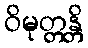
ဝိမုတ္တန္တိ